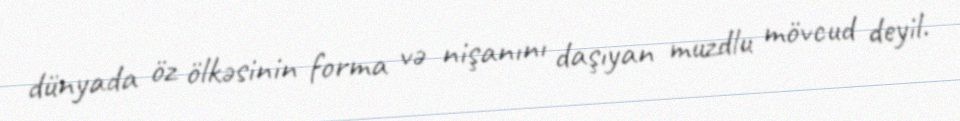
dünyada öz ölkəsinin forma və nişanını daşıyan muzdlu mövcud deyil.